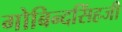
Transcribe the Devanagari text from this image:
गोबिन्दसिंहजी